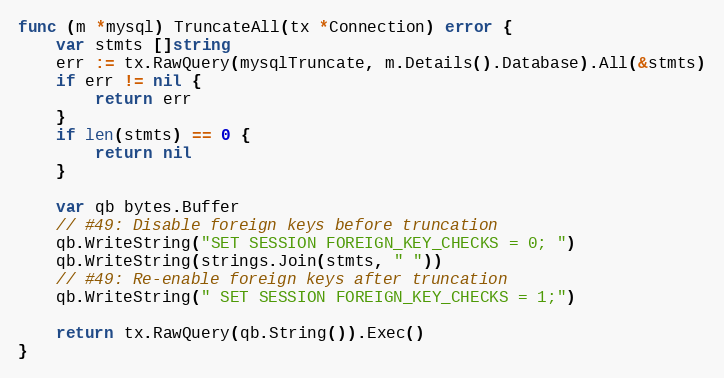
Language: Go
func (m *mysql) TruncateAll(tx *Connection) error {
	var stmts []string
	err := tx.RawQuery(mysqlTruncate, m.Details().Database).All(&stmts)
	if err != nil {
		return err
	}
	if len(stmts) == 0 {
		return nil
	}

	var qb bytes.Buffer
	// #49: Disable foreign keys before truncation
	qb.WriteString("SET SESSION FOREIGN_KEY_CHECKS = 0; ")
	qb.WriteString(strings.Join(stmts, " "))
	// #49: Re-enable foreign keys after truncation
	qb.WriteString(" SET SESSION FOREIGN_KEY_CHECKS = 1;")

	return tx.RawQuery(qb.String()).Exec()
}